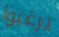
يرغبوا